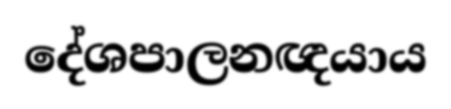
දේශපාලනඥයාය